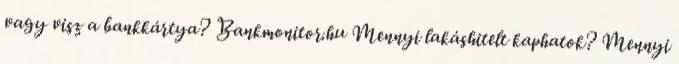
vagy visz a bankkártya? Bankmonitor.hu Mennyi lakáshitelt kaphatok? Mennyi